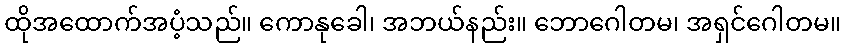
ထိုအထောက်အပံ့သည်။ ကောနုခေါ၊ အဘယ်နည်း။ ဘောဂေါတမ၊ အရှင်ဂေါတမ။